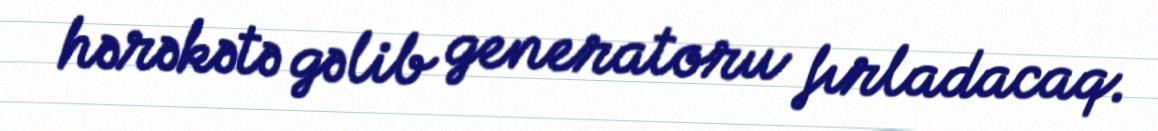
hərəkətə gəlib generatoru fırladacaq.